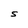
Character: S